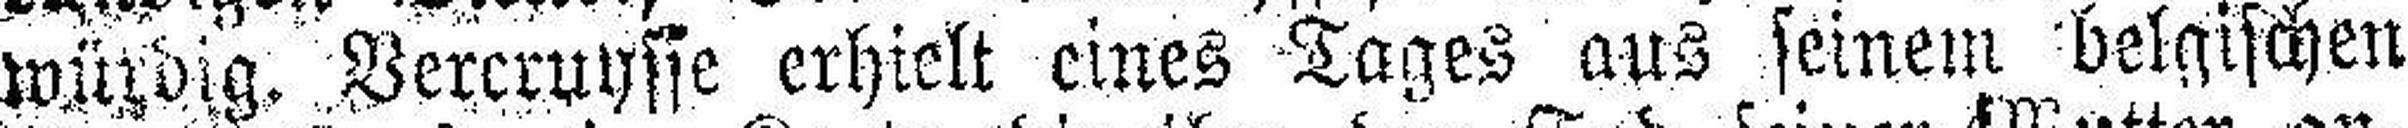
würdig. Vercruysse erhielt eines Tages aus seinem belgischen